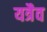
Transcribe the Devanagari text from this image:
यत्रैव